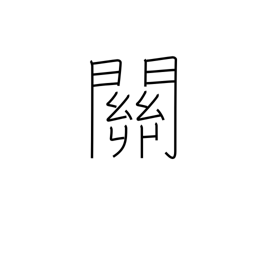
Meaning: gateway